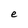
Character: e